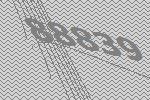
88839